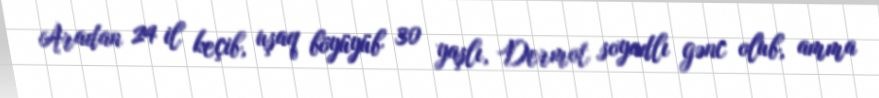
Aradan 24 il keçib, uşaq böyüyüb 30 yaşlı, Dermot soyadlı gənc olub, amma